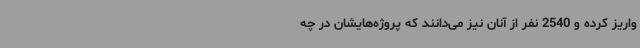
واریز کرده و 2540 نفر از آنان نیز می‌دانند که پروژه‌هایشان در چه